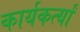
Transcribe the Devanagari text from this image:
कार्यकर्त्यां